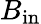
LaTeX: B_{\mathrm{in}}